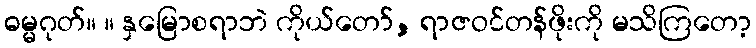
ဓမ္မဂုတ်။ ။ နှမြောစရာဘဲ ကိုယ်တော်, ရာဇဝင်တန်ဖိုးကို မသိကြတော့